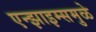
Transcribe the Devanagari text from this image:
एन्झाइम्समुळे